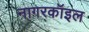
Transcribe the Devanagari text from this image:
नागरकॉइल